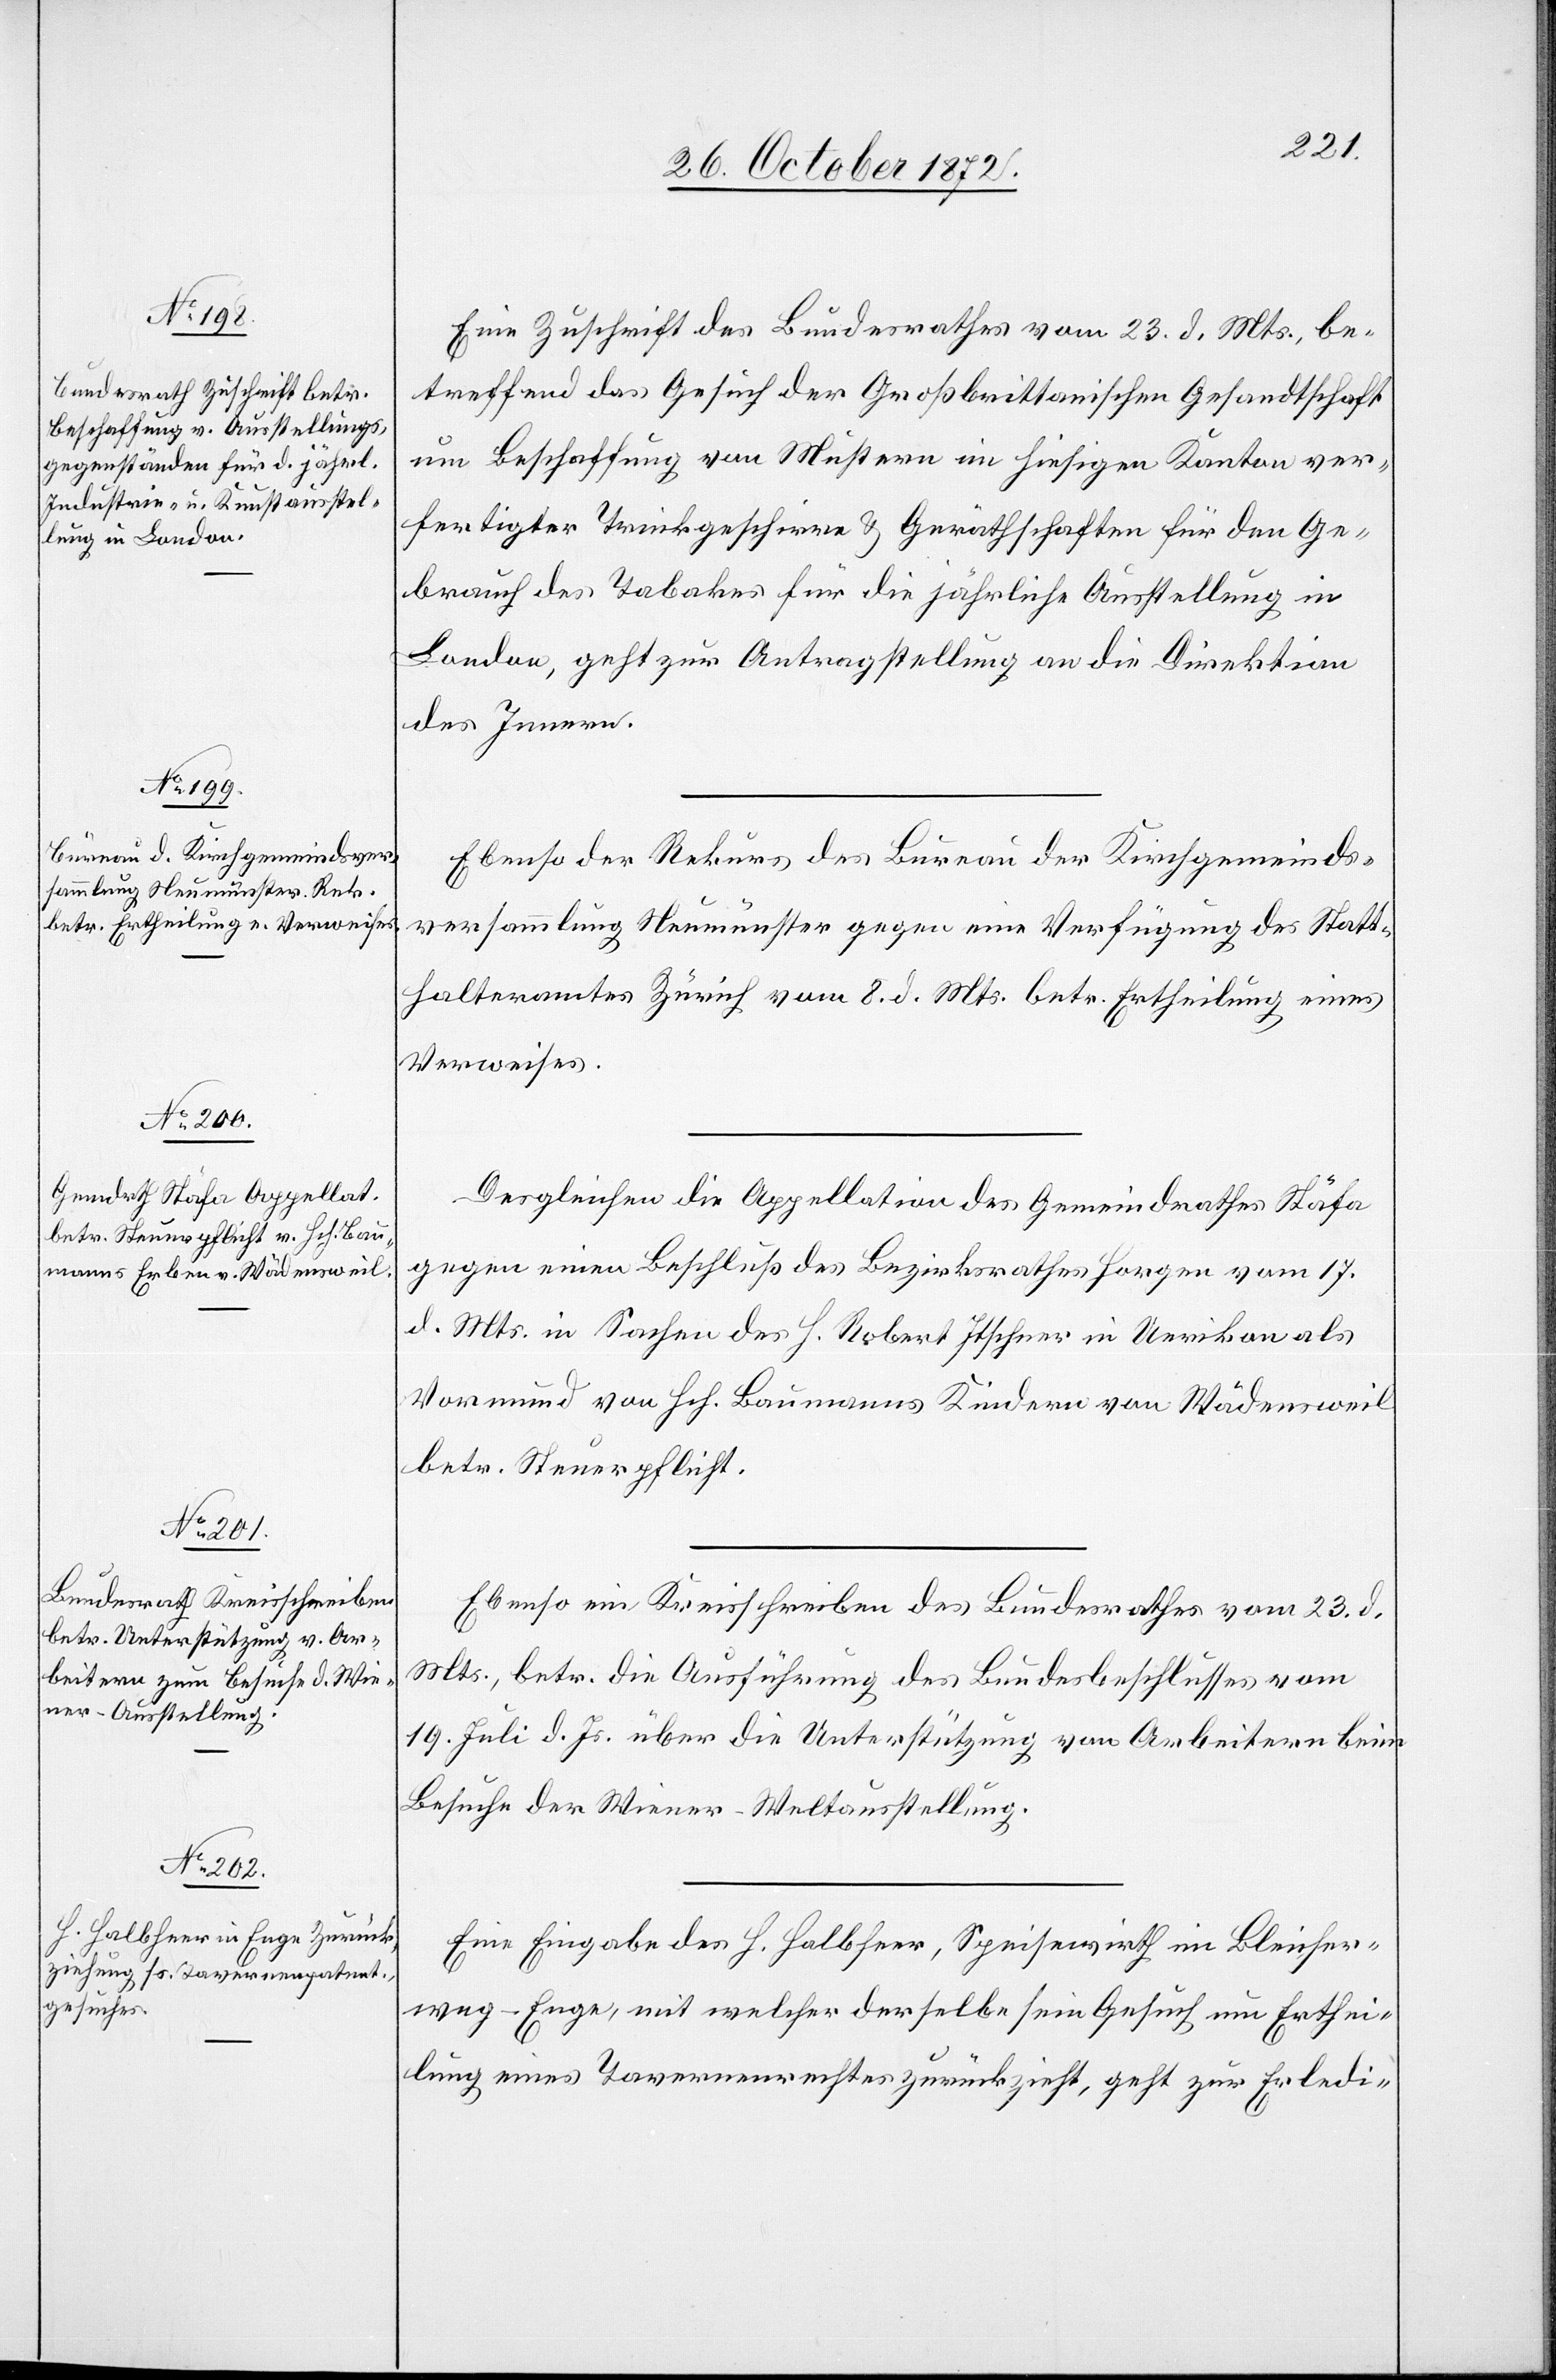
26. October 1872.]
Eine Zuschrift des Bundesrathes vom 23. d. Mts., be¬
treffend das Gesuch der Großbrittanischen Gesandtschaft
um Beschaffung von Mustern im hiesigen Kanton ver¬
fertigter Trinkgeschirre u. Geräthschaften für den Ge¬
brauch des Tabakes für die jährliche Ausstellung in
London, geht zur Antragstellung an die Direktion
des Innern.
Ebenso der Rekurs des Bureau der Kirchgemeinds¬
versammlung Neumünster gegen eine Verfügung des Statt¬
halteramtes Zürich vom 8. d. Mts. betr. Ertheilung eines
Verweises.
Desgleichen die Appellation des Gemeindrathes Stäfa
gegen einen Beschluß des Bezirksrathes Horgen vom 17.
d. Mts. in Sachen des H. Robert Itschner in Uerikon als
Vormund von Hch. Baumanns Kindern von Wädensweil
betr. Steuerpflicht.
Ebenso ein Kreisschreiben des Bundesrathes vom 23. d.
Mts., betr. die Ausführung des Bundesbeschlusses vom
19. Juli d. Js. über die Unterstützung von Arbeitern beim
Besuche der Wiener-Weltausstellung.
Eine Eingabe des H. Halbheer, Speisewirth im Bleicher¬
weg-Enge, mit welcher derselbe sein Gesuch um Erthei¬
lung eines Tavernenrechtes zurückzieht, geht zur Erledi-